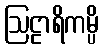
ဩဠာရိကမ္ပိ